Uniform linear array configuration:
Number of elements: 64
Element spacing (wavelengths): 0.25
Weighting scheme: uniform
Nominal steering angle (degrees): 45
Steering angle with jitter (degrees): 44.094
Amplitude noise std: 0.05
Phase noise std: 0.05

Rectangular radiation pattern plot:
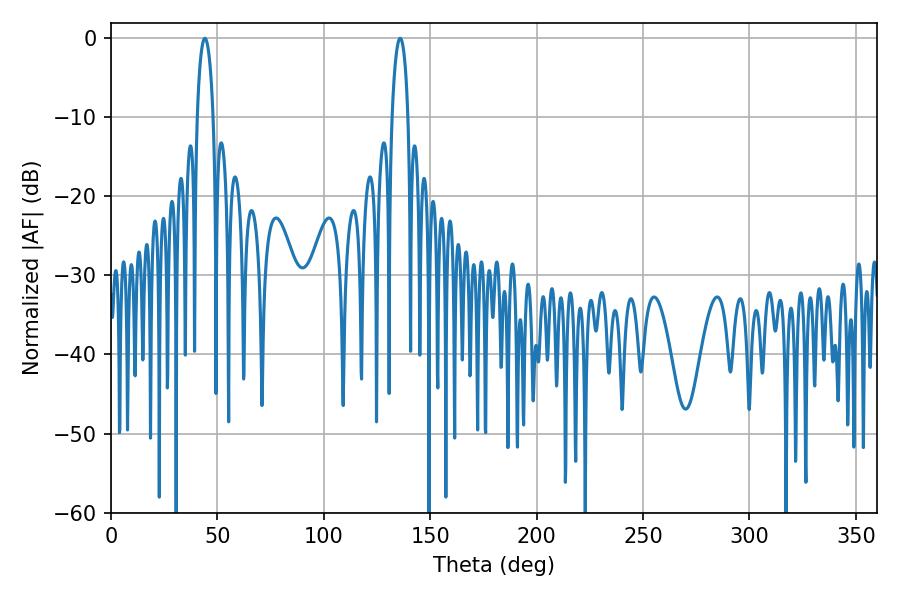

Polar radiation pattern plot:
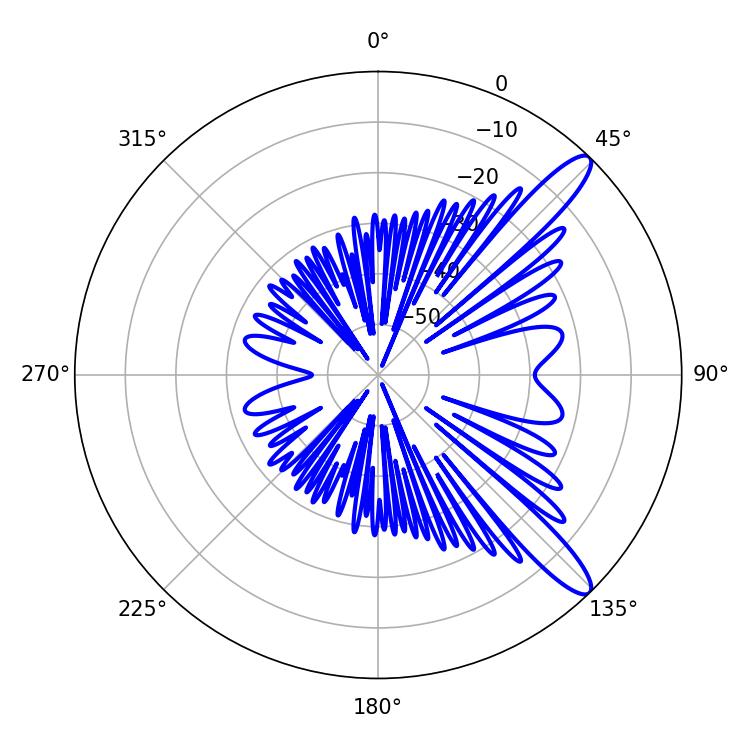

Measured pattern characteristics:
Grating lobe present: FALSE
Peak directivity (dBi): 12.172
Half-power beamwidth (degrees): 4.14
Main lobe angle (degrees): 44.1